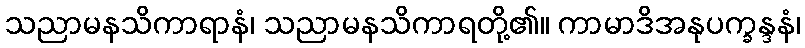
သညာမနသိကာရာနံ၊ သညာမနသိကာရတို့၏။ ကာမာဒိအနုပက္ခန္ဒနံ၊